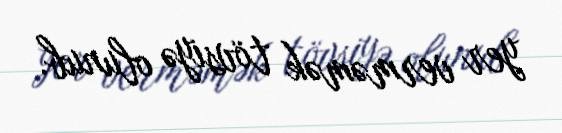
yer verməmək tövsiyə olunub.